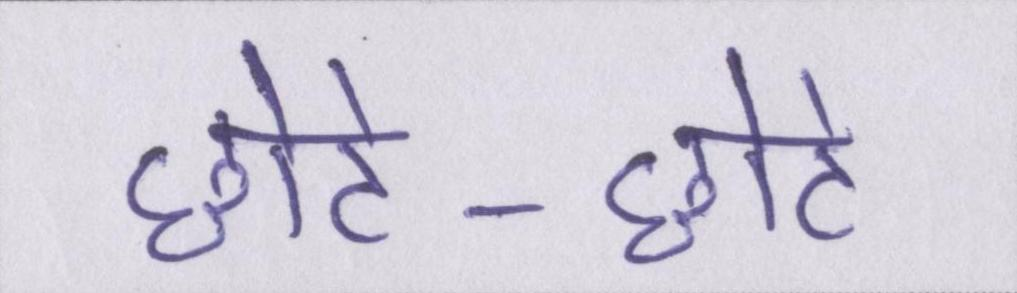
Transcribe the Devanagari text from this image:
छोटे-छोटे